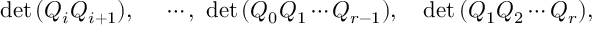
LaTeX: \quad \mathrm { d e t } \, ( Q _ { i } Q _ { i + 1 } ) , \quad \, \, \cdots , \, \, \mathrm { d e t } \, ( Q _ { 0 } Q _ { 1 } \cdots Q _ { r - 1 } ) , \quad \mathrm { d e t } \, ( Q _ { 1 } Q _ { 2 } \cdots Q _ { r } ) ,